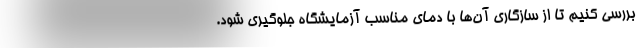
بررسی کنیم تا از سازگاری آن‌ها با دمای مناسب آزمایشگاه جلوگیری شود.